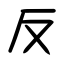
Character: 反